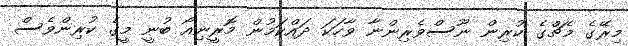
މިރޭގެ މެޗްގެ ކުރިން ނޫސްވެރިންނާ ވާހަކަ ދައްކަމުން މޮރީނިއޯ ބުނީ މީގެ ކުރިންވެސް